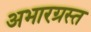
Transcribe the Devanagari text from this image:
अभारग्रस्त